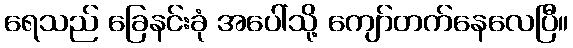
ရေသည် ခြေနင်းခုံ အပေါ်သို့ ကျော်တက်နေလေပြီ။